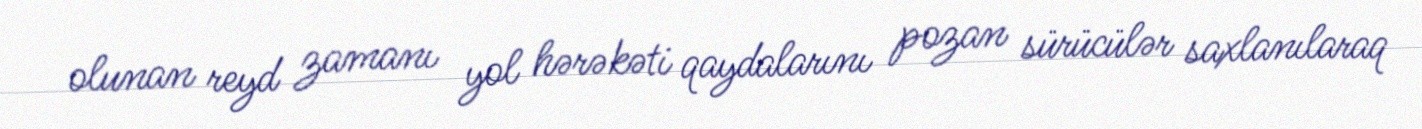
olunan reyd zamanı yol hərəkəti qaydalarını pozan sürücülər saxlanılaraq